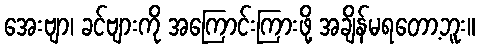
အေးဗျာ၊ ခင်ဗျားကို အကြောင်းကြားဖို့ အချိန်မရတော့ဘူး။